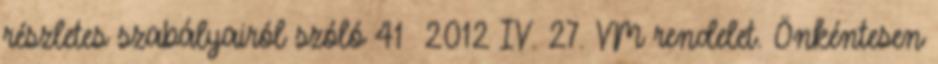
részletes szabályairól szóló 41 2012 IV. 27. VM rendelet. Önkéntesen